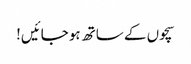
سچوں کے ساتھ ہو جائیں!